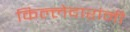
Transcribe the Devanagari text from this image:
किल्लेदारांनी